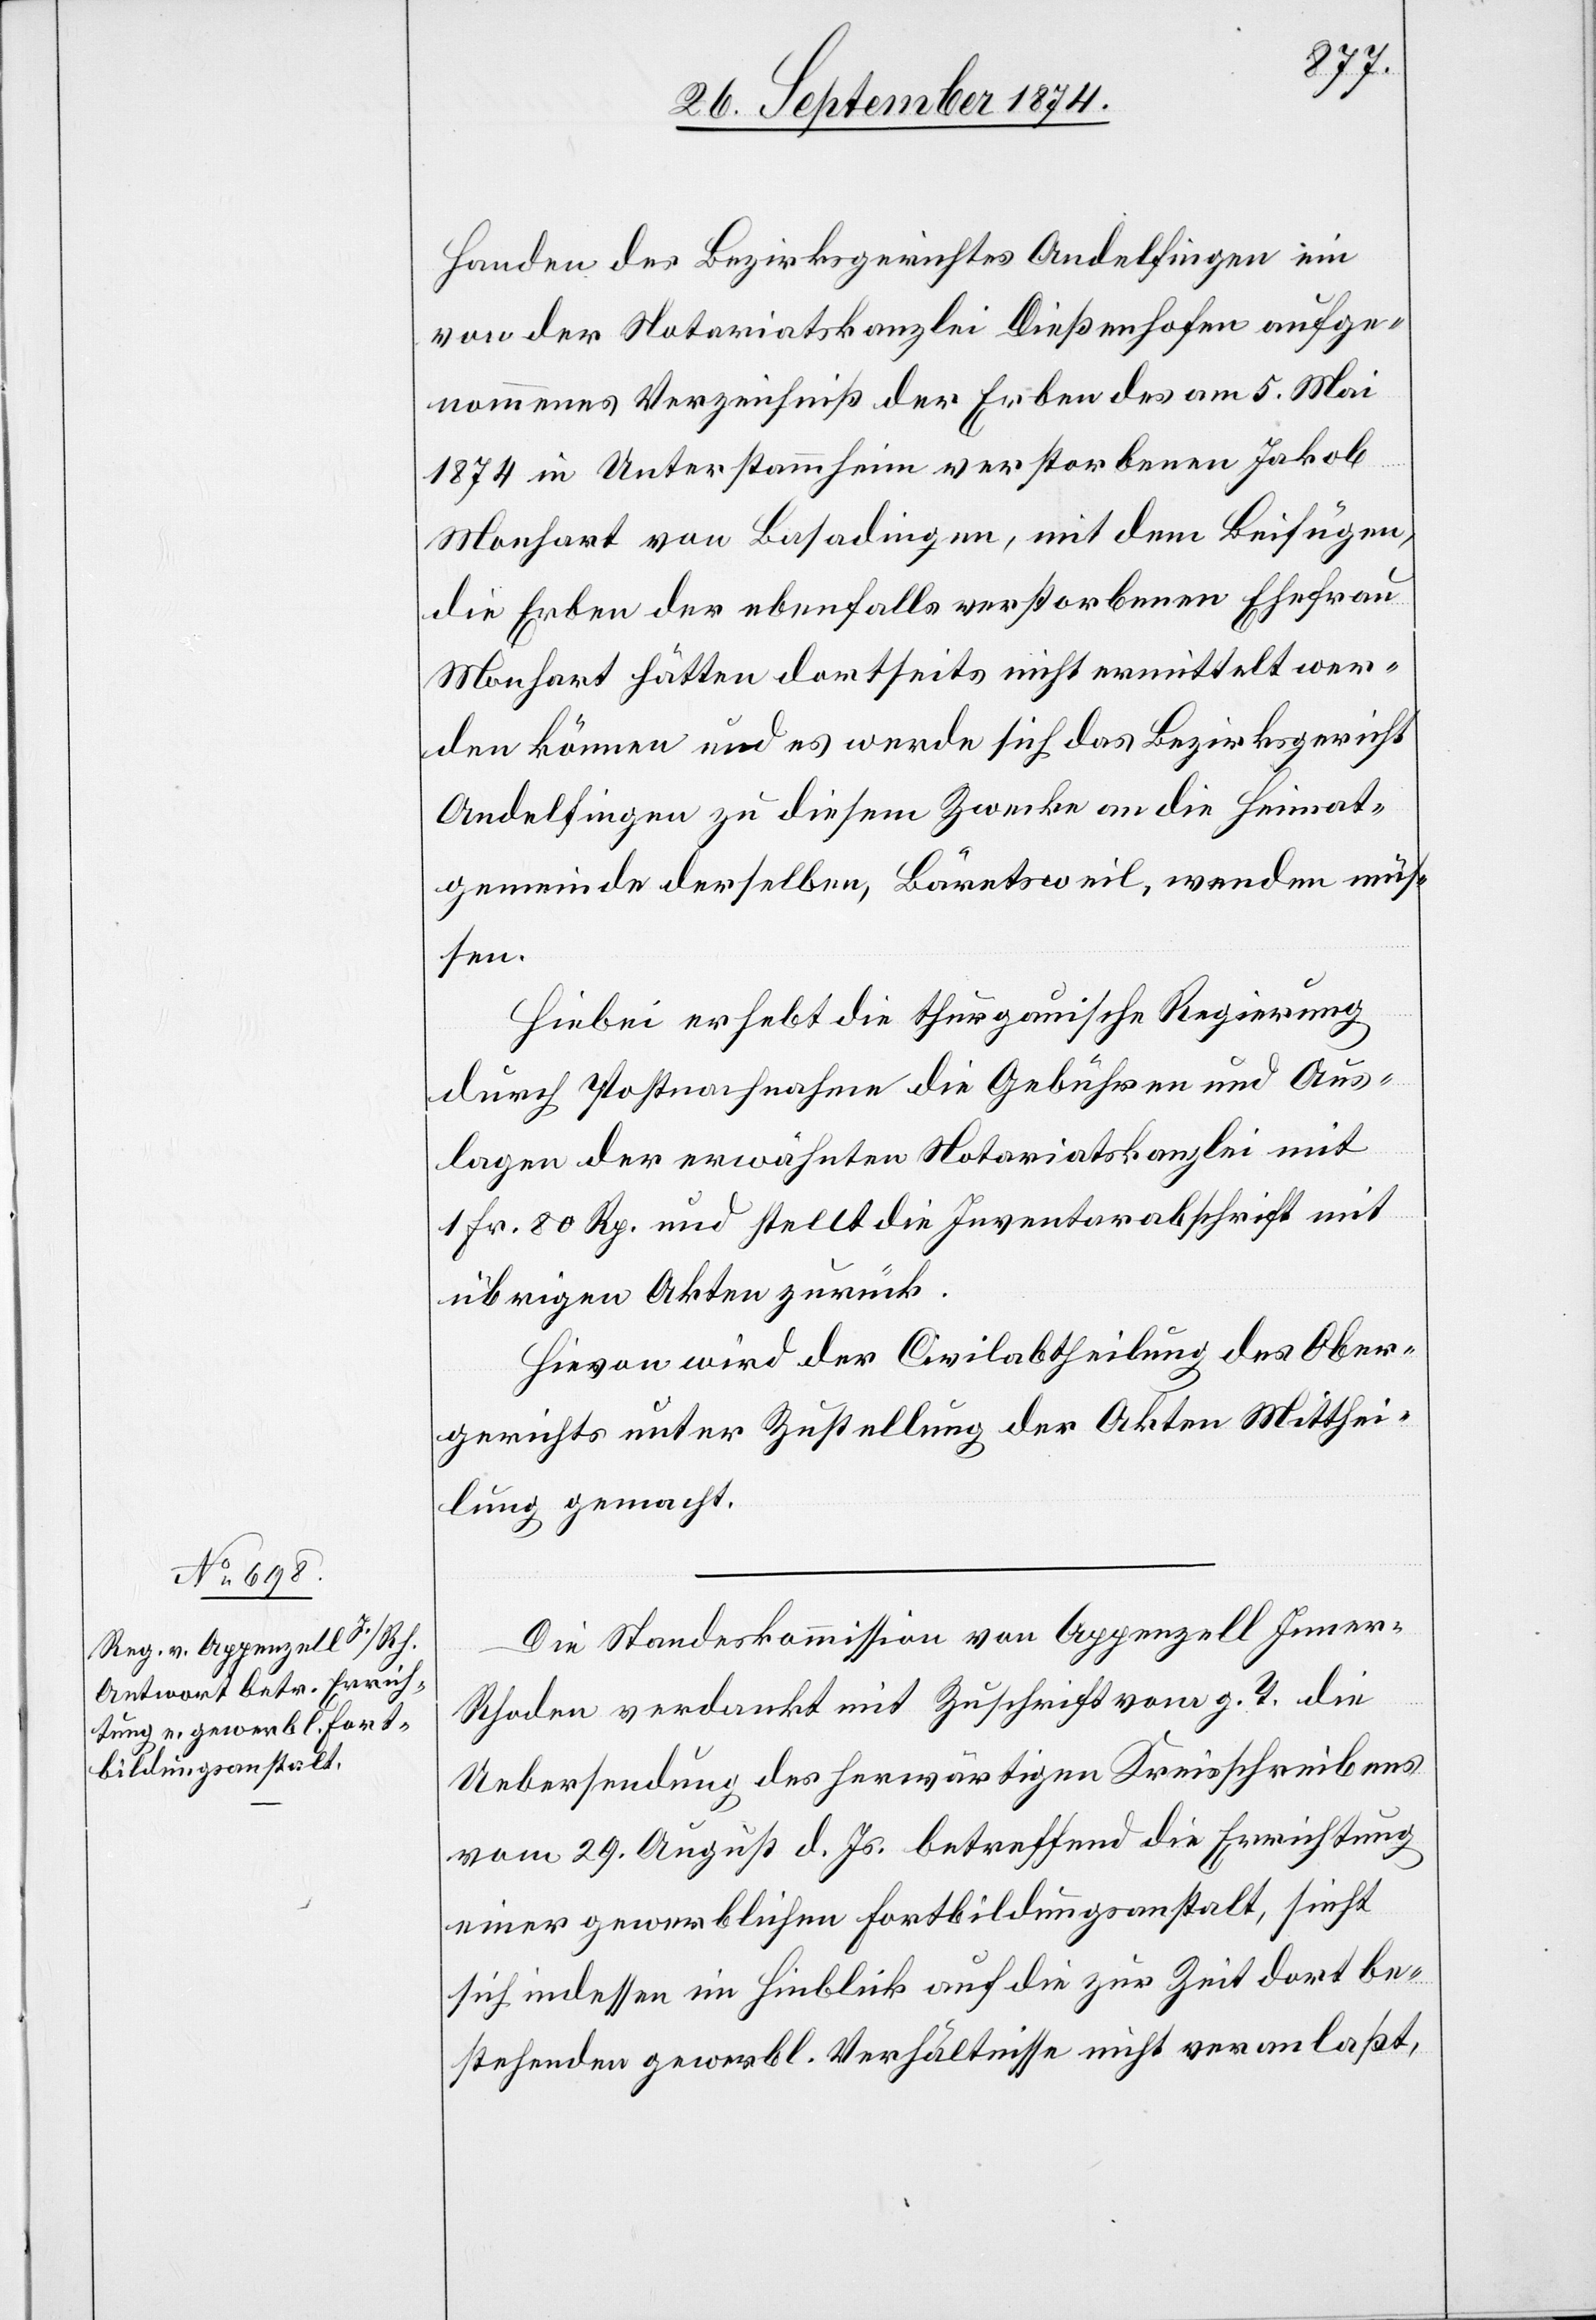
Handen des Bezirksgerichtes Andelfingen ein
von der Notariatskanzlei Dießenhofen aufge¬
nommenes Verzeichniß der Erben des am 5. Mai
1874 in Unterstammheim verstorbenen Jakob
Monhart von Basadingen, mit dem Beifügen,
die Erben der ebenfalls verstorbenen Ehefrau
Monhart hätten dortseits nicht ermittelt wer¬
den können und es werde sich das Bezirksgericht
Andelfingen zu diesem Zwecke an die Heimat¬
gemeinde derselben, Bäretsweil, wenden müs¬
sen.
Hiebei erhebt die thurgauische Regierung
durch Postnachnahme die Gebühren und Aus¬
lagen der erwähnten Notariatskanzlei mit
1 Fr. 80 Rp. und stellt die Inventarabschrift mit
übrigen Akten zurück.
Hievon wird der Civilabtheilung des Ober¬
gerichts unter Zustellung der Akten Mitthei¬
lung gemacht.
Die Standeskommission von Appenzell Inner-R¬
hoden verdankt mit Zuschrift vom g. T. die
Uebersendung des herwärtigen Kreisschreibens
vom 29. August d. Js. betreffend die Errichtung
einer gewerblichen Fortbildungsanstalt, sieht
sich indessen im Hinblick auf die zur Zeit dort be¬
stehenden gewerbl. Verhältnisse nicht veranlaßt,